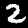
Digit: 2